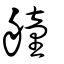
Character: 艟